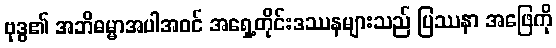
ဗုဒ္ဓ၏ အဘိဓမ္မာအပါအဝင် အရှေ့တိုင်းဒဿနများသည် ပြဿနာ အဖြေကို